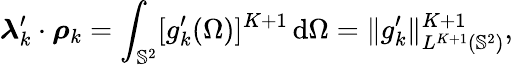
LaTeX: \boldsymbol{\lambda}_{k}^{\prime}\cdot\boldsymbol{\rho}_{k}=\int_{\mathbb{S}^{2}}[g_{k}^{\prime}(\Omega)]^{K+1}\, \mathrm{d}\Omega=\| g_{k}^{\prime}\| _{L^{K+1}(\mathbb{S}^{2})}^{K+1},